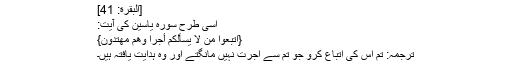
[البقرة: 41]
اسی طرح سورہ یاسین کی آیت:
{اتَّبِعُوا مَنْ لَا يَسْأَلُكُمْ أَجْرًا وَهُمْ مُهْتَدُونَ}
ترجمہ: تم اس کی اتباع کرو جو تم سے اجرت نہیں مانگتے اور وہ ہدایت یافتہ ہیں۔